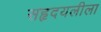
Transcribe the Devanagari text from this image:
सहृदयलीला